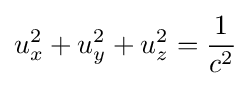
u_{x}^{2}+u_{y}^{2}+u_{z}^{2}={\frac {1}{c^{2}}}